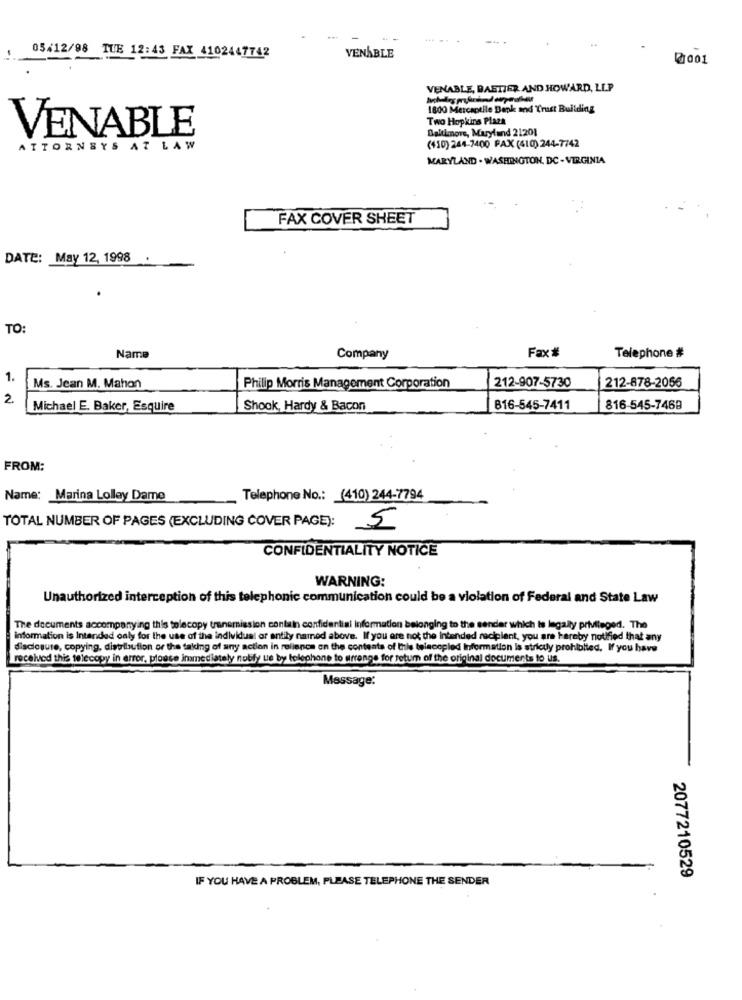
05/12/98 TUE 12:43 FAX 4102447742
VENABLE
001
VENABLE, BAETIER AND HOWARD, LLP
1800 Mercantile Bank and Trust Building
Two Hopkins Plaza
Baltimore, Maryland 21201
VENABLE
ATTORNEYS AT LAW
(410) 244-7400 PAX (410) 244-7742
MARYLAND . WASHINGTON, DC - VIRGINIA
FAX COVER SHEET
DATE: May 12, 1998
TO:
Name
Company
Fax#
Telephone #
1.
Ms. Jean M. Mahon
Philip Morris Management Corporation
212-907-5730
212-878-2056
2
Michael E. Baker, Esquire
Shook, Hardy & Bacon
B16-545-7411
816-545-7469
FROM:
Name: Marina Lolley Dame
Telephone No .: (410) 244-7794
TOTAL NUMBER OF PAGES (EXCLUDING COVER PAGE): 5
CONFIDENTIALITY NOTICE
WARNING:
Unauthorized interception of this telephonic communication could be a violation of Federal and State Law
The documents accompanying this tolecopy transmission contain confidential information belonging to the sender which is legally privileged. The
information is Intended only for the use of the individual or entity named above. If you are not the intended recipient, you are hereby notified that any
disclosure, copying, distribution or the taking of any action in reliance on the contents of this telecopied Information is strictly prohibited. Ifyou have
received this telecopy in error, please immediately notify ue by telephone to arrange for return of the original documents to ils.
Message:
IF YOU HAVE A PROBLEM, PLEASE TELEPHONE THE SENDER
2077210529